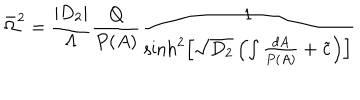
LaTeX: \bar { \Omega } ^ { 2 } = \frac { | D _ { 2 } | } { \Lambda } \frac { Q } { P ( A ) } \frac { 1 } { \sinh ^ { 2 } \left[ \sqrt { D _ { 2 } } \left( \int \frac { d A } { P ( A ) } + \tilde { c } \right) \right] }